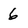
Character: 6